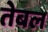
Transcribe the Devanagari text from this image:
तेबल